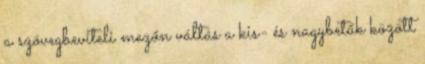
a szövegbeviteli mezőn váltás a kis- és nagybetűk között